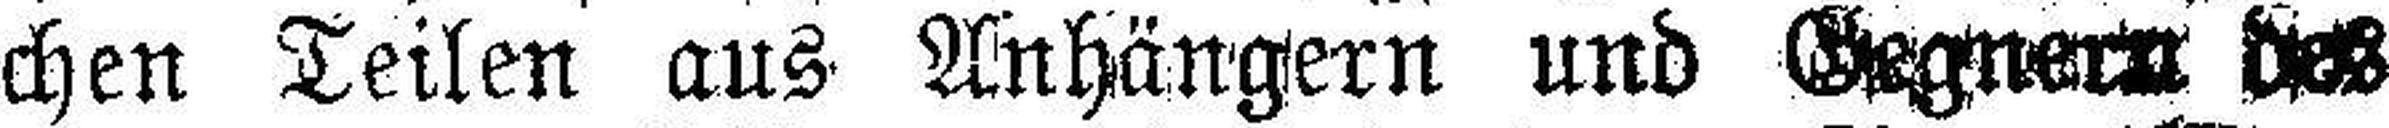
chen Teilen aus Anhängern und Gegnern des